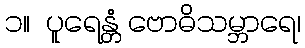
၁။  ပူရေန္တံ ဗောဓိသမ္ဘာရေ၊